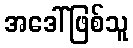
အဒေါ်ဖြစ်သူ